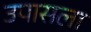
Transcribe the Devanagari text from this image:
उपासला